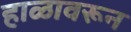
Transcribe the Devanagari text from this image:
हाळावरून